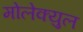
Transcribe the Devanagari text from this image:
मोलेक्युल